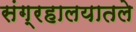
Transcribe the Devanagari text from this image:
संग्रहालयातले